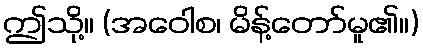
ဤသို့။ (အဝေါစ၊ မိန့်တော်မူ၏။)